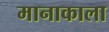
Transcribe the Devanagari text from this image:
मानाकाला